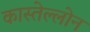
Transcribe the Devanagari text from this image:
कास्तेल्लोन